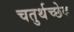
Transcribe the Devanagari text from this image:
चतुर्थच्छेद